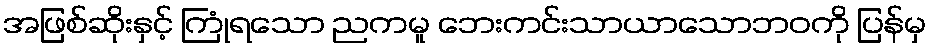
အဖြစ်ဆိုးနှင့် ကြုံရသော ညကမူ ဘေးကင်းသာယာသောဘဝကို ပြန်မှ